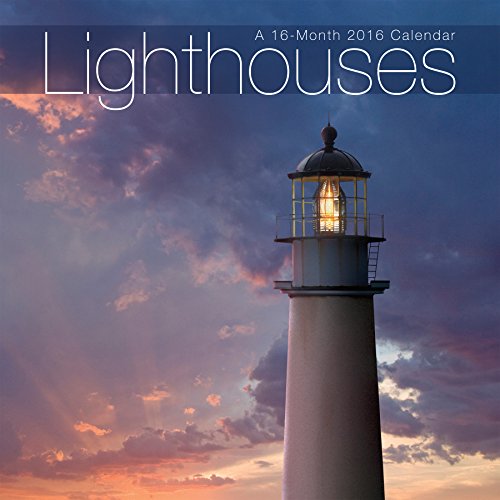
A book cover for LIghthouses 2016 Wall Calendar; Trends International; Calendars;